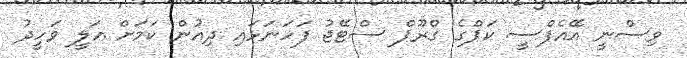
ވިސްނީ އޭއެފްސީ ކަޕްގެ ގްރޫޕް ސްޓޭޖު ފަހަނަޅައި ދިއުން ކަމަށް އަލީ ވަހީދު